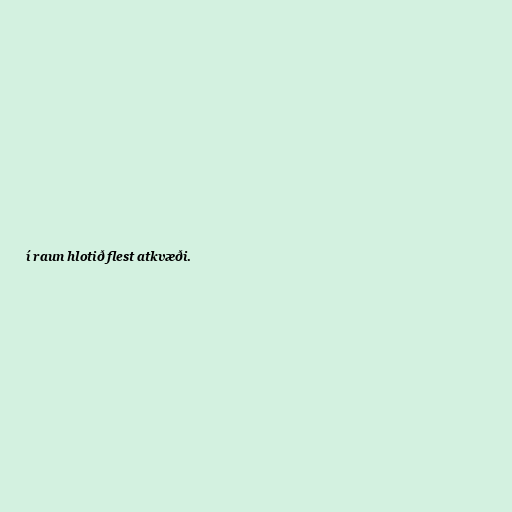
í raun hlotið flest atkvæði.